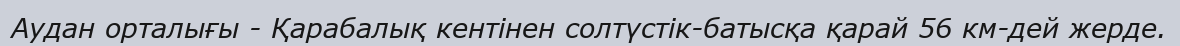
Аудан орталығы - Қарабалық кентінен солтүстік-батысқа қарай 56 км-дей жерде.